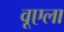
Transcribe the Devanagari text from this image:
वूएला